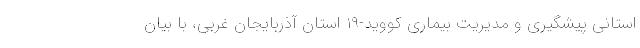
استانی پیشگیری و مدیریت بیماری کووید-۱۹ استان آذربایجان غربی، با بیان